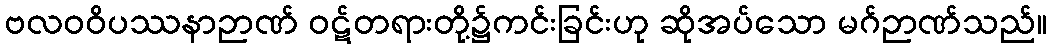
ဗလဝဝိပဿနာဉာဏ် ဝဋ်တရားတို့၌ကင်းခြင်းဟု ဆိုအပ်သော မဂ်ဉာဏ်သည်။